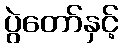
ပွဲတော်နှင့်